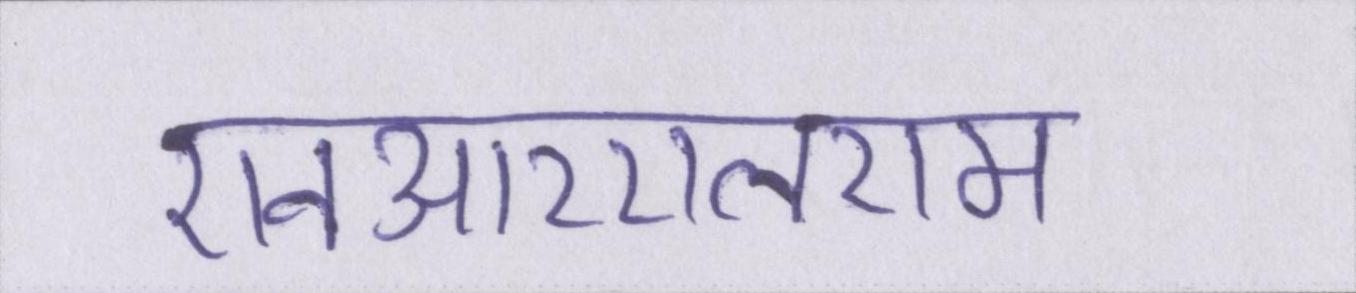
एनआरएलएम